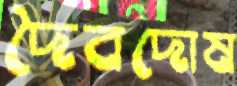
দৈবদোষ